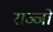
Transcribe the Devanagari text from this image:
राज्जों